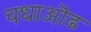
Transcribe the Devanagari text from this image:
चधाऒढ